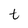
Character: t